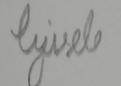
Signature authenticity: forged